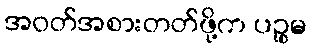
အဝတ်အစားတတ်ဖို့က ပဉ္စမ